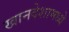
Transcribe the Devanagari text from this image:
खानदेशामध्ये